Account of plague administration in the Bombay Presidency from September 1896 till May 1897
Year: 1896
Disease focus: Plague
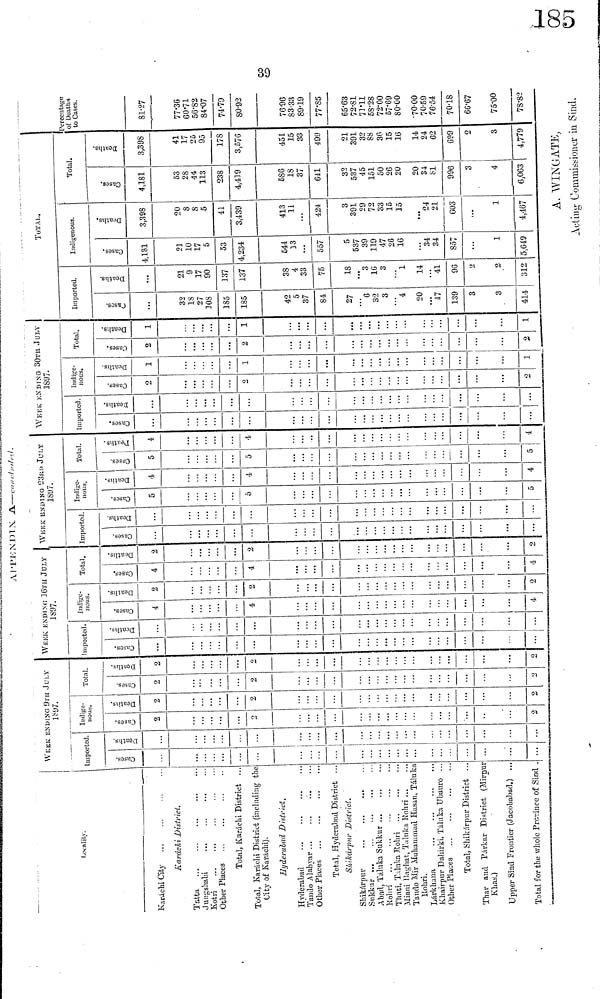
CO
o
APPENDIX
A------/ill/
locality.
Karachi City
Karachi District.
Tatta
Jungshahi
Kotri
Total, Karachi District
Total, Karachi District (including the
City of Karachi),
Hyderabad District.
Hyderabad
...
Tando Alabyar
Other Places
Total, Hyderabad District
Shikarpur District.
Shikarpur
Sukkur
Abad, Taluka Sukkur
Kohri
Thati, Taluka Rohri
Miani Baghat, Taluka Kohri
Tando Mir Muhammad Hasan, Táluka
Rohri.
Lárkbana
Khairpur Dahirki, Taluka Ubauro ..
Other Places
Total, Shikarpur District
Thar and Párkar District (Mirpur·
Khas.)
Upper Sind Frontier (Jacobabad.)
Total for the whole Province of Sind .
WEEK ENDING 9Th JULy
1897.
Imported
Deaths
Indig-
nous.
2
2
2
2
2
2
Total.
2
2
2
2
2
2
WEEK ENDING 36th JULY
1807.
Imported.
Indige-
nous.
4
4
4
Deaths
2
2
2
Total.
4
4
4
2
2
2
WEEKENDING 23rd JULY
1897.
Imported
Indige-
nous.
5
6
5
Deaths
4
4
4
Total.
Cases
5
5
5
4
4
4
WEEK ENDING 30th JULY
1897.
Imported
Indige-
nons.
2
2
2
1
1
1
Total.
2
2
2
1
1
1
ToTAL..
Imported.
32
18
27
108
185
185
42
5
37
84
27
32
4
20
47
139
3
3
414
21
9
17
90
137
137
38
4
33
75
18
16
3
14
41
96
2
2
312
Indigenous.
4131
21
10
17
5
53
4,234
544
13
557
537
39
119
47
96
16
34
34
857
1
5,649
Deaths
3,398
20
8
S
5
41
3,439
413
11
424
391
29
72
33
15
15
24
21
603
1
4,467
Total.
4,181
53
28
44
113
238
4,419
586
18
37
641
33
33
537
45
151
50
26
20
20
31
81
996
3
4
6,063
Deaths
3,398
41
17
25
95
178
3,576
451
15
33
499
21
391
32
88
36
15
16
14
62
699
2
3
4,779
Percentage
of Deaths
to Cases.
81-27
_
77.36
60.71
56.82
84.07
74.79
80.92
39
76.96
83.33
89.19
77.85
65.63
73 .11
58.28
72.00
57.69
70.00
70.59
76.54
70.18
66.67
75.00
78.82